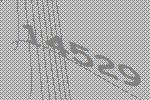
14529